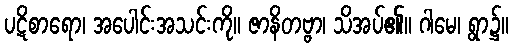
ပဋိစာရော၊ အပေါင်းအသင်းကို။ ဇာနိတဗ္ဗာ၊ သိအပ်၏။ ဂါမေ၊ ရွာ၌။